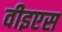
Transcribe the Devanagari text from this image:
वीइएस